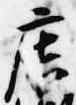
廣